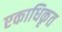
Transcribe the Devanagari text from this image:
एकाधिकृत